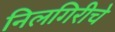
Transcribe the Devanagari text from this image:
निलगिरीचे